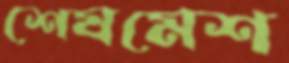
শেষমেশ